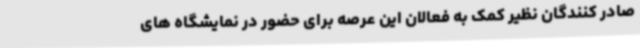
صادر کنندگان نظیر کمک به فعالان این عرصه برای حضور در نمایشگاه های